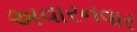
અવારનવાર